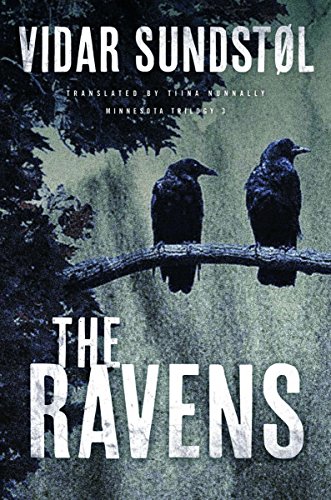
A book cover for The Ravens (Minnesota Trilogy); Vidar SundstÃ¸l; Mystery, Thriller & Suspense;